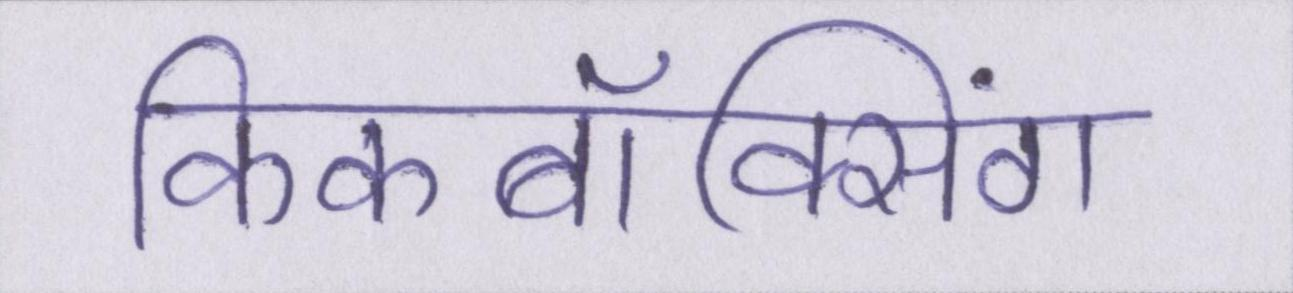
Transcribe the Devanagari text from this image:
किकबॉक्सिंग